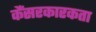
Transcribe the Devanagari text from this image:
कैंसरकारकता